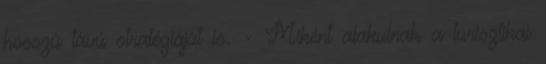
hosszú távú stratégiáját is. - Miként alakulnak a turisztikai